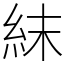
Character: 𥿉